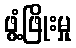
ဖွံ့ဖြိုးမှု